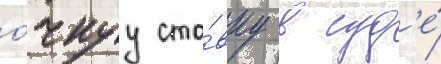
о́чнуу ста́вку в суд'е́